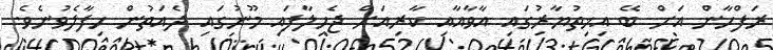
ރަފްހާން އަށް ބޭ އިޚިތުޔާރުގައި އާވާއާއި ކާރިއަށް ޖެހިލާފައި މޫނުގައި ދެއަތުން ހިފާލެވުނެވެ.